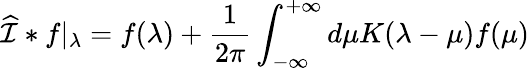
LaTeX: \widehat{\cal I}*f\vert_{\lambda}=f(\lambda)+{\frac{1}{2\pi}}\int_{-\infty}^{+\infty}d\mu K(\lambda-\mu)f(\mu)